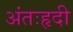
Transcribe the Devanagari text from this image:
अंतःहृदी